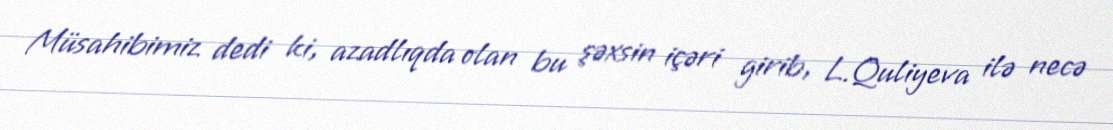
Müsahibimiz dedi ki, azadlıqda olan bu şəxsin içəri girib, L.Quliyeva ilə necə